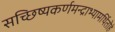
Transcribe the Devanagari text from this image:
सच्छिष्यकर्णमन्द्राभ्यामर्थितोहं